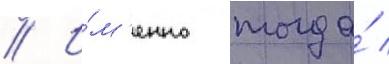
// И́м'енно тогда́ /